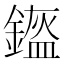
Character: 𨫿